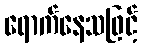
ရောက်နေသဖြင့်